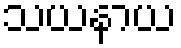
သယနာယ